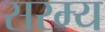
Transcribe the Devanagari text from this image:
सरम्य